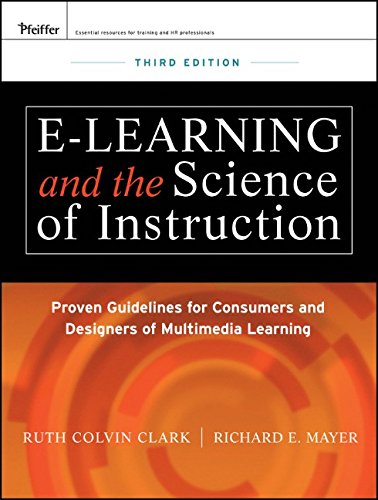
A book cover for e-Learning and the Science of Instruction: Proven Guidelines for Consumers and Designers of Multimedia Learning; Ruth C. Clark; Business & Money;